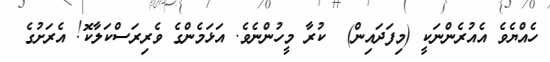
ހެއްޔެވެ އެއުރެންނަކީ (މިފަދައިން)  ކުރާ މީހުންނެވެ. އަޅަމެންގެ ވެރިރަސްކަލާކޮ! އެރަށުގެ